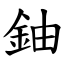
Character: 鈾